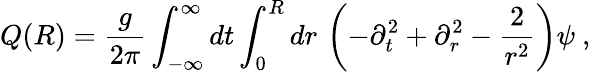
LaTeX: Q(R)=\frac{g}{2\pi}\int_{-\infty}^{\infty}dt\int_{0}^{R}dr\, \left(-\partial_{t}^{2}+\partial_{r}^{2}-\frac{2}{r^{2}}\right)\psi\ ,